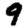
Digit: 9